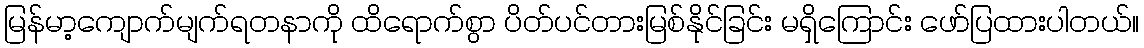
မြန်မာ့ကျောက်မျက်ရတနာကို ထိရောက်စွာ ပိတ်ပင်တားမြစ်နိုင်ခြင်း မရှိကြောင်း ဖော်ပြထားပါတယ်။